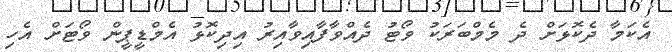
އެކަމާ ދެކޮޅަށް ދެ މެމްބަރަކު ވޯޓު ދެއްވާފާއިވާއިރު އިދިކޮޅު އެމްޑީޕީން ވޯޓަށް އެހި